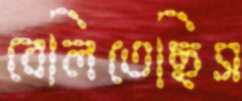
বেলিতেছিস